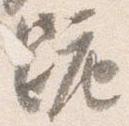
跪